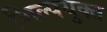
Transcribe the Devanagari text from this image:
शिल्पयुक्त